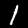
Label: 1